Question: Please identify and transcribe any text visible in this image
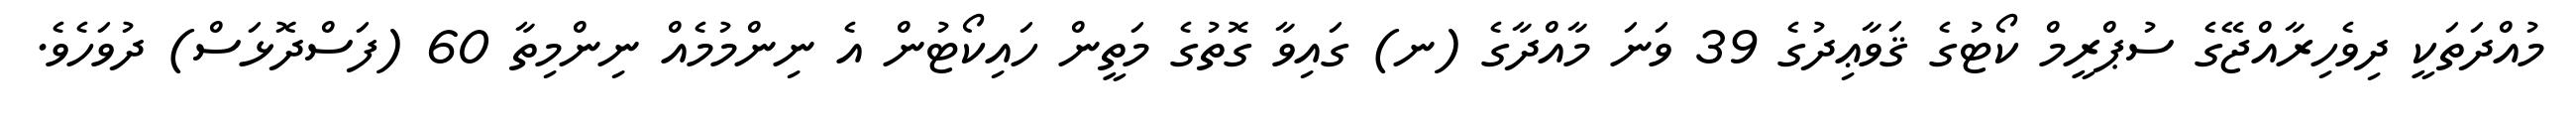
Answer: މުއްދަތަކީ ދިވެހިރާއްޖޭގެ ސުޕްރީމް ކޯޓުގެ ޤަވާޢިދުގެ 39 ވަނަ މާއްދާގެ (ނ) ގައިވާ ގޮތުގެ މަތީން ހައިކޯޓުން އެ ނިންމުމެއް ނިންމިތާ 60 (ފަސްދޮޅަސް) ދުވަހެވެ.